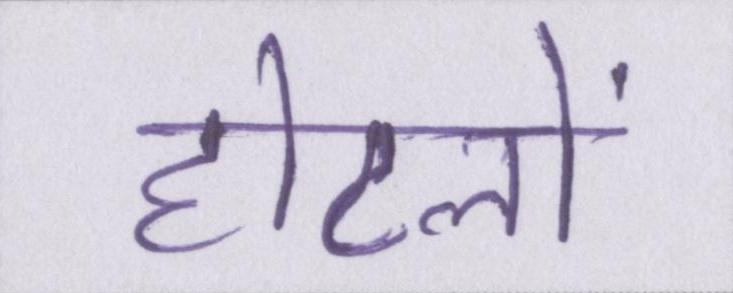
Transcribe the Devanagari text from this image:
होटलों